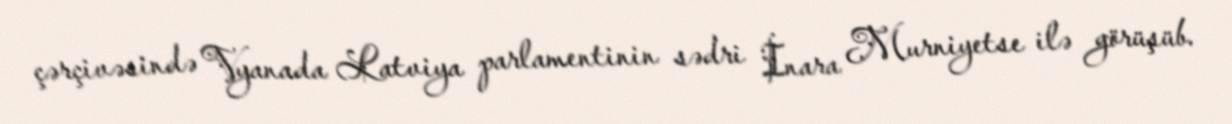
çərçivəsində Vyanada Latviya parlamentinin sədri İnara Murniyetse ilə görüşüb.